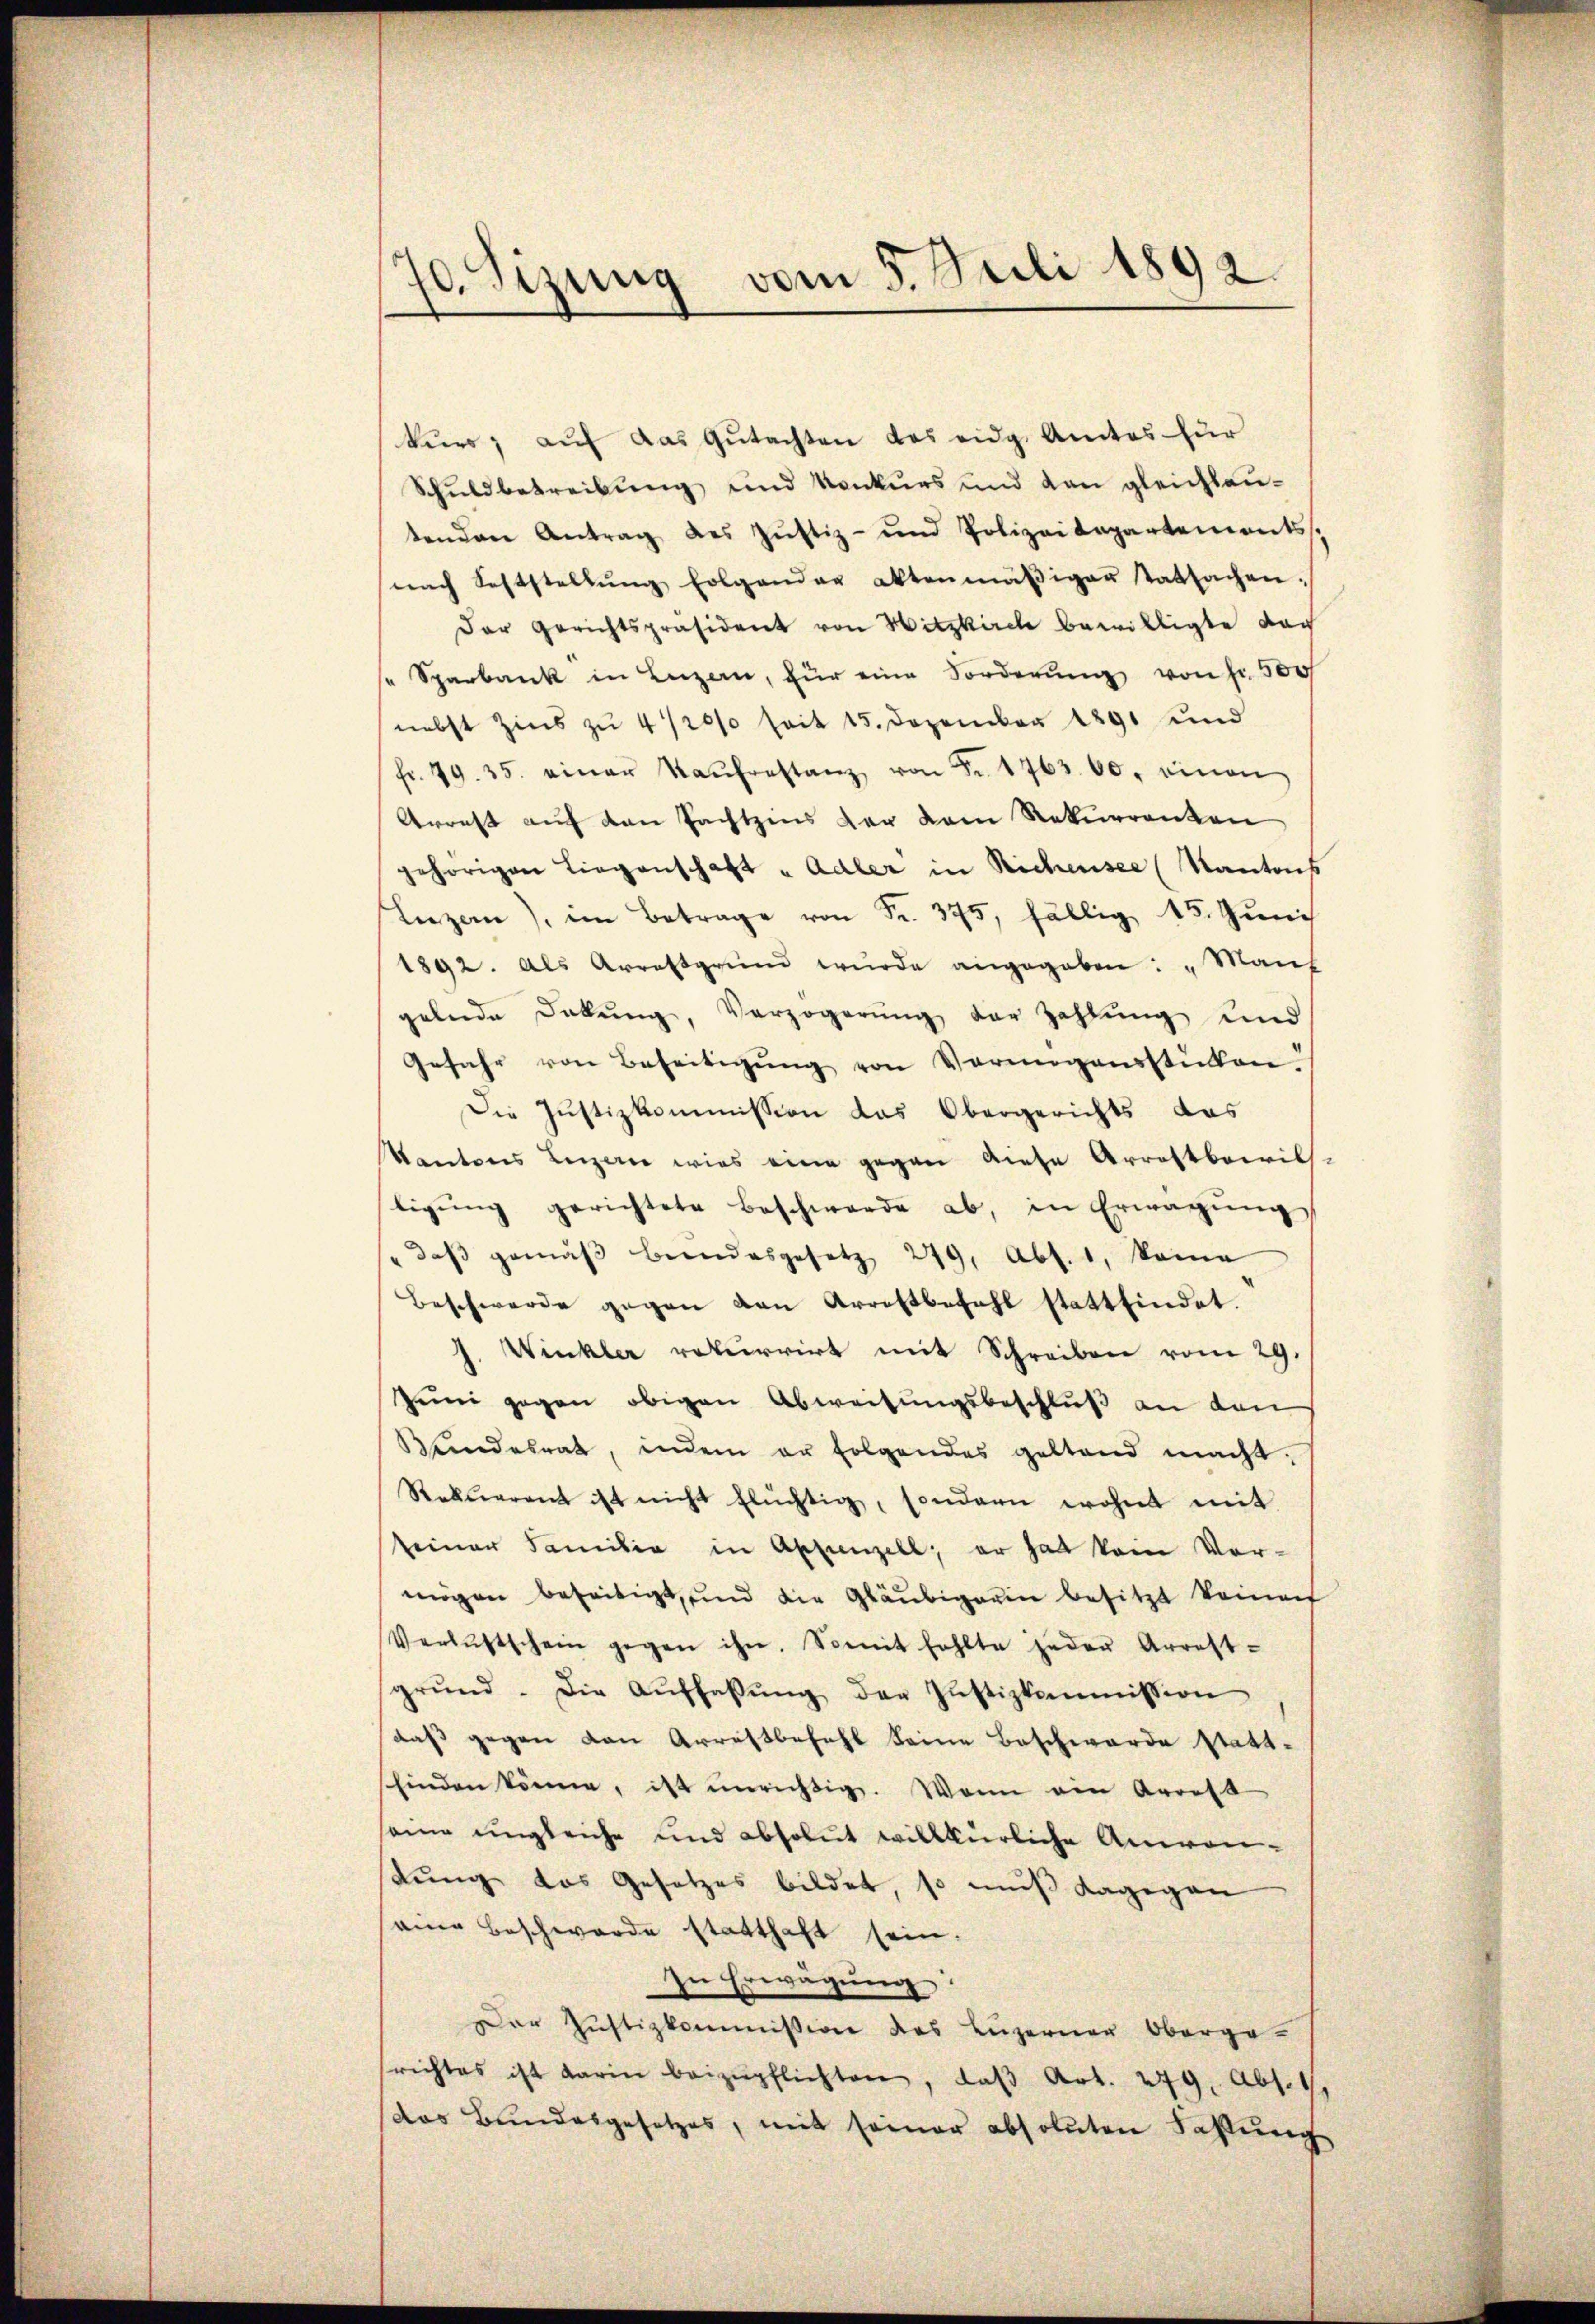
70. Sizung vom 5. Juli 1892.

kurs, auf das Gutachten des eidg. Amtes für
Schuldbetreibung und Konkurs und den gleichlautenden Antrag des Jŭstiz- und Polizeidepartements.
nach Soststellŭng folgender aktenmäβiger tatsachen:
Der Gerichtspräsident von Hitzkirch bewilligte doch
 Sparbank in Luzern, für eine Forderŭng von Fr. 500
nebst Zins zu 4 1/20/0 seit 15. Dezember 1891 und
fr. 79. 35. einer Kaŭfrestanz von Fr. 1763. 60. einen
Arrest auf den Fachtzins der dem Rekurrenten
gehörigen Liegenschaft „Adler in Richensee (Kantons
Luzern), im Betrage von Fr. 375, fällig 15. Jŭni
1892. Als Arrettgrund wurde angegeben: „Manh
gelnde Dalŭng, Verzögerŭng der Zahlŭng und
Gefahr von Beseitigŭng von Vermögensstücken
Die Justizkommission das Obergerichts das
Kantons Luzern wies eine gegen diese Arrestbewil-
ligŭng gerichtete Beschwerde ab, in Erwägŭng
" daβ gemäβ beendesgesetz 219, Abs. 1. keine
Beschwerde gegen den Arrestbefehl stattfindet.
J. Winkler rekurrirt mit Schreiben vom 29.
Juni gegen obigen Abweisungsbeschluß an den
Bundesrat, indem er folgendes gestand macht.
Rekurrent ist nicht flüchtig, sondern wohnt mit
seiner Familia in Appenzell, er hat kam Vormögen beseitigt, und die Gläubigerin besitzt keinen
Verlustschein gegen ihn. Somit fehlte jeder Arrest-
grŭnd. Die Auffassŭng der Justizkommission
daß gegen von Arrestbefehl keine Beschwerde statt-
finden könne, ist unrichtig. Wenn ein Arrest
seine ungleiche und absolut willkürliche Anwendung das Gesetzes bildet, so muß dagegen
eine Beschwerde statthaft sein.
In Erwägŭng:
Der Justizkommission des Luzerner Oberge-
richtes ist darin beizŭpflichten, daβ Art. 279, Abs. 1.
(das Bundesgesetzes, mit seiner absoluten Fastŭng